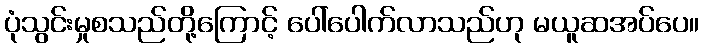
ပုံသွင်းမှုစသည်တို့ကြောင့် ပေါ်ပေါက်လာသည်ဟု မယူဆအပ်ပေ။